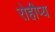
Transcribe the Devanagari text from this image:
रोहीप्य